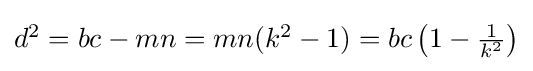
{\textstyle d^{2}=bc-mn=mn(k^{2}-1)=bc\left(1-{\frac {1}{k^{2}}}\right)}